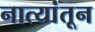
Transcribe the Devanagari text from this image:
नात्यांतून